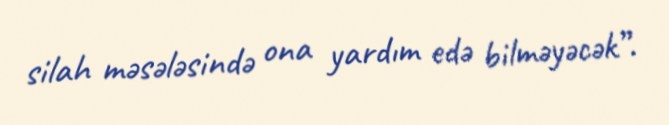
silah məsələsində ona yardım edə bilməyəcək”.